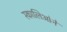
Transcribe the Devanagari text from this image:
स्कालिओने